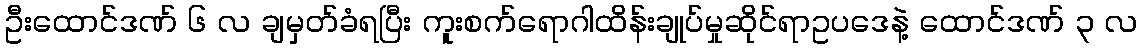
ဦးထောင်ဒဏ် ၆ လ ချမှတ်ခံရပြီး ကူးစက်ရောဂါထိန်းချုပ်မှုဆိုင်ရာဥပဒေနဲ့ ထောင်ဒဏ် ၃ လ